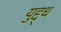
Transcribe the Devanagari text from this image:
युद्द्ध